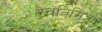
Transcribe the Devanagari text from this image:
रेवतिमित्र